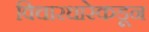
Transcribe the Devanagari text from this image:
विचारधारेकडून